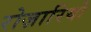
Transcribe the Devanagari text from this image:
रोज़ारियो